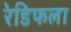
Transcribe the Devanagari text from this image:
रेडिफला